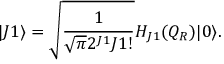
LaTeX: | J 1 \rangle = \sqrt { \frac { 1 } { \sqrt { \pi } 2 ^ { J 1 } J 1 ! } } H _ { J 1 } ( Q _ { R } ) | 0 \rangle .